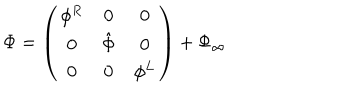
\Phi = \left( \begin{matrix} { { \phi ^ { R } } } & { { 0 } } & { { 0 } } \\ { { 0 } } & { { \hat { \Phi } } } & { { 0 } } \\ { { 0 } } & { { 0 } } & { { \phi ^ { L } } } \\ \end{matrix} \right) + \Phi _ { \infty }